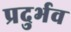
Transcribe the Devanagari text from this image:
प्रदुर्भव